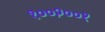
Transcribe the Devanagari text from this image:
१००२००१